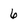
Character: 6